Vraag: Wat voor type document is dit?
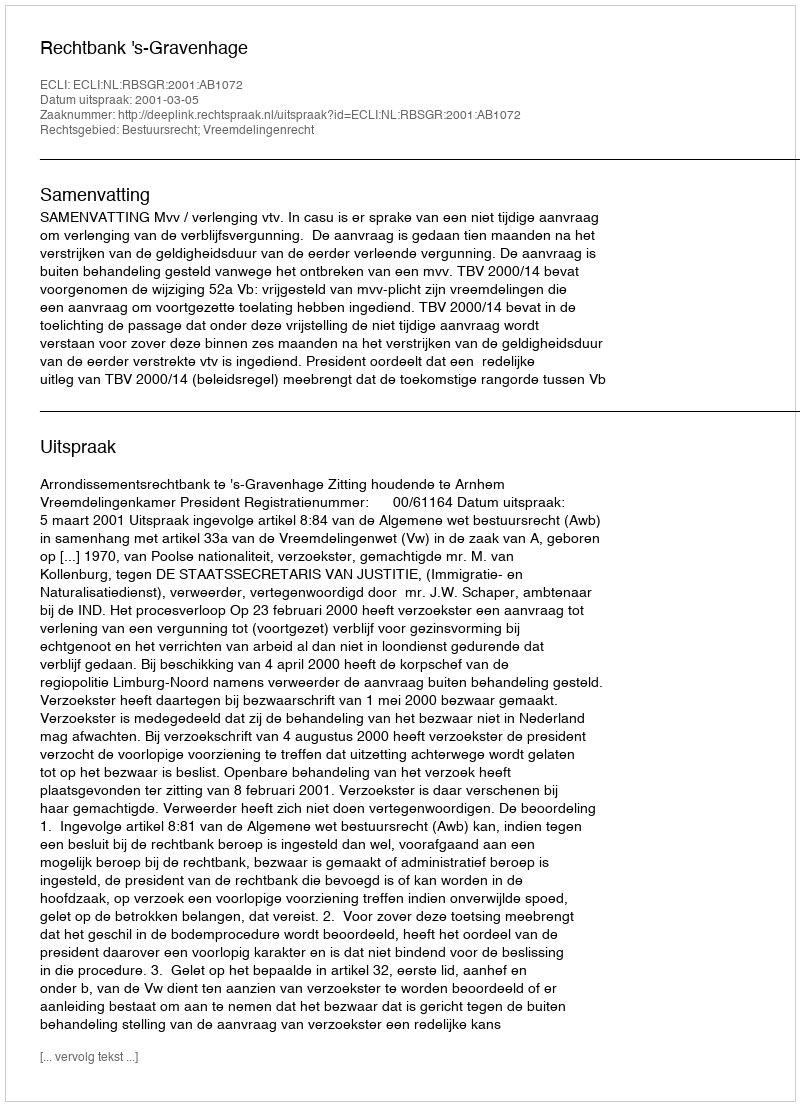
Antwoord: Uitspraak